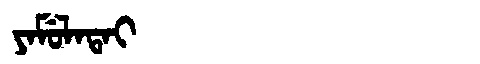
Manchu: ᠶᠠᠮᡠᠯᠠᡨᠠᡳ
Romanization: YAMULATAI